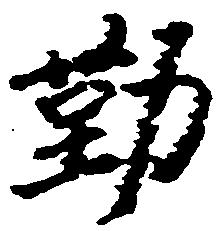
勤